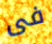
فى